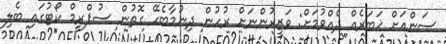
ސަންއަށް ޚަބަރެއް ދެއްވުމަށް: ވަޒީރުންނަށް ރުހުން ދިނުމާބެހޭ ގޮތުން ސުޕްރީމް ކޯޓުގައި ބެލި